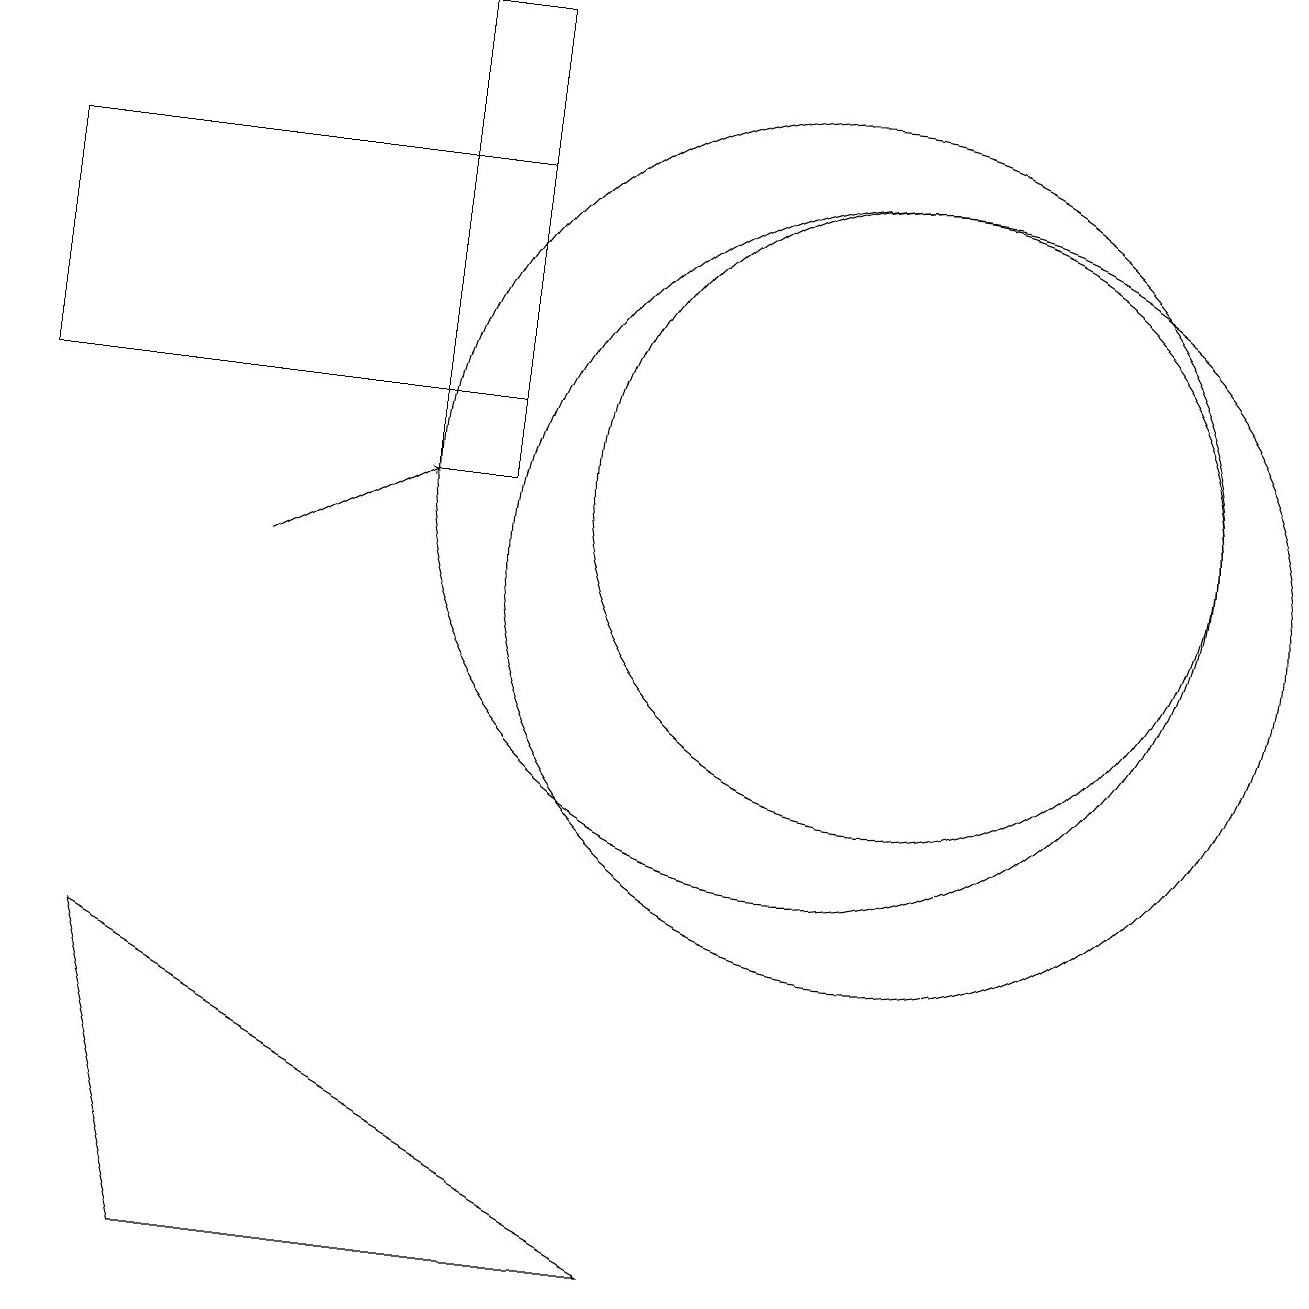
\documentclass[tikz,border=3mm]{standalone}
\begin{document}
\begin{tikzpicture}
\draw (2,1) -- (8,1) -- (1,5) -- cycle;
\draw (6,12) rectangle (0,15);
\draw (11,10) circle (5);
\draw (11,11) circle (4);
\draw[->] (3,10) -- (5,11);
\draw (5,11) rectangle (6,17);
\draw (11,10) circle (0);
\draw (10,11) circle (5);
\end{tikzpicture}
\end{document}